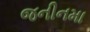
જનીનમા